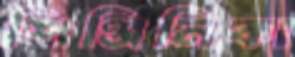
শিঞ্জিনিকা